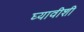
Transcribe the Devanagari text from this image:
घ्यावीशी